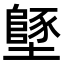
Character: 𡒿